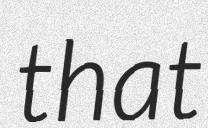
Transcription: that